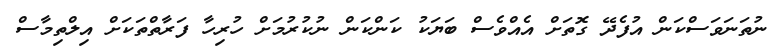
ނުތަނަވަސްކަން އުފެދޭ ގޮތަށް އެއްވެސް ބަޔަކު ކަންކަން ނުކުރުމަށް ހުރިހާ ފަރާތްތަކަށް އިލްތިމާސް